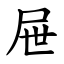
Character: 屉